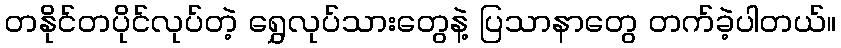
တနိုင်တပိုင်လုပ်တဲ့ ရွှေလုပ်သားတွေနဲ့ ပြသာနာတွေ တက်ခဲ့ပါတယ်။